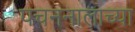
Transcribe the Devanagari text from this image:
पचननालाच्या